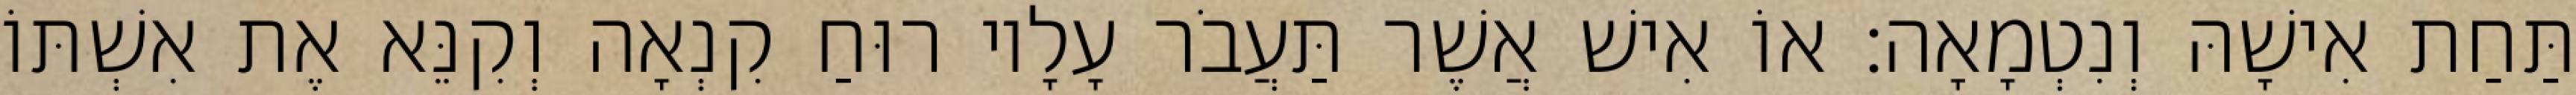
תַּחַת אִישָׁהּ וְנִטְמָאָה׃ אוֹ אִישׁ אֲשֶׁר תַּעֲבֹר עָלָיו רוּחַ קִנְאָה וְקִנֵּא אֶת אִשְׁתּוֹ